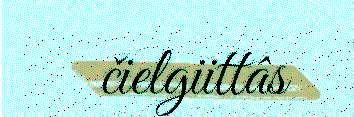
čielgiittâs